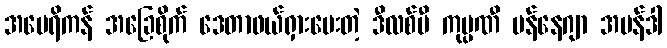
အမေရိကန် အခြေစိုက် ဒေတာဖယ်ရှားပေးတဲ့ ဒီလစ်မီ ကုမ္ပဏီ မန်နေဂျာ အမန်ဒါ